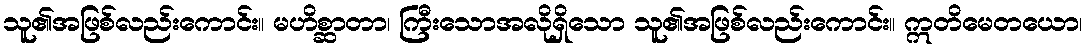
သူ၏အဖြစ်လည်းကောင်း။ မဟိစ္ဆာတာ၊ ကြီးသောအလိုရှိသော သူ၏အဖြစ်လည်းကောင်း။ ဣတိမေတယော၊